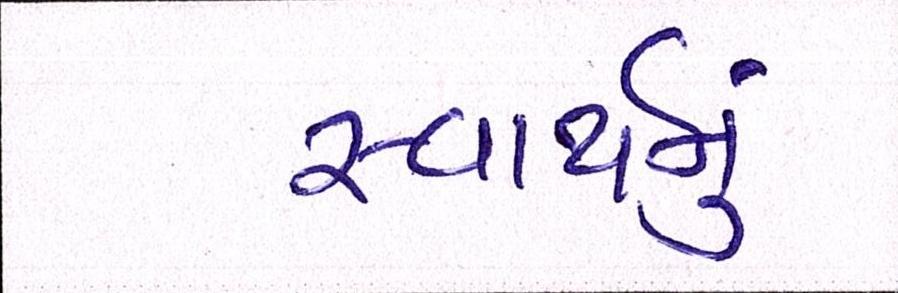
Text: સ્વાર્થનું